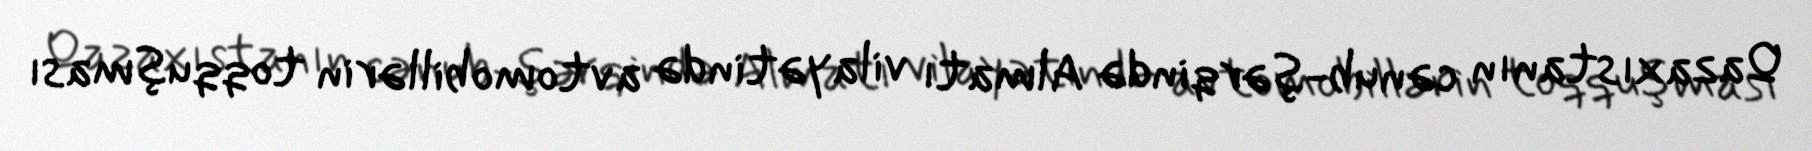
Qazaxıstanın cənub-şərqində Almatı vilayətində avtomobillərin toqquşması